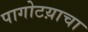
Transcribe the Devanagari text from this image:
पागोटय़ाचा